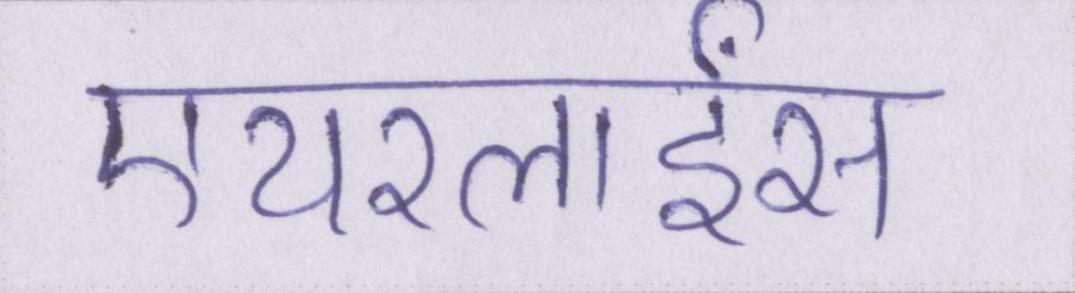
एयरलाईंस